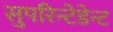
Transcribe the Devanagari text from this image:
सुपरिन्टेडेन्ट